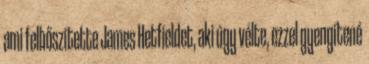
ami felbőszítette James Hetfieldet, aki úgy vélte, ezzel gyengítené